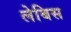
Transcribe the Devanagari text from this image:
लेबिस